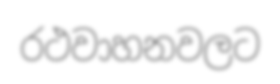
රථවාහනවලට